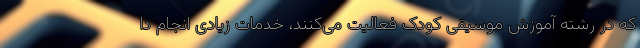
که در رشته آموزش موسیقی کودک فعالیت می‌کنند، خدمات زیادی انجام دا